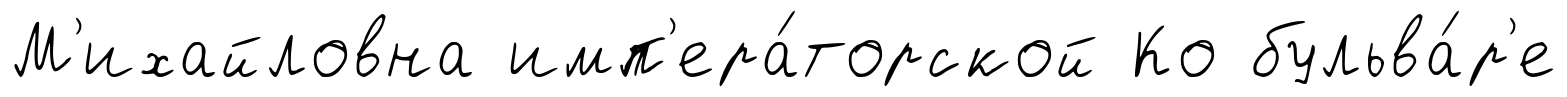
М'ихайловна имп'ера́торской Ко бульва́р'е